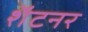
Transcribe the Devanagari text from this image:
शॅटनर